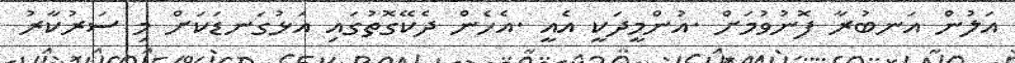
އަލުން އަނބުރާ ފޮނުވުމަށް .އުންމީދަކީ އެއީ .އެހެން ދެކޭގޮތުގައި އަޅުގަނޑަކަށް މި ސަރުކާރު